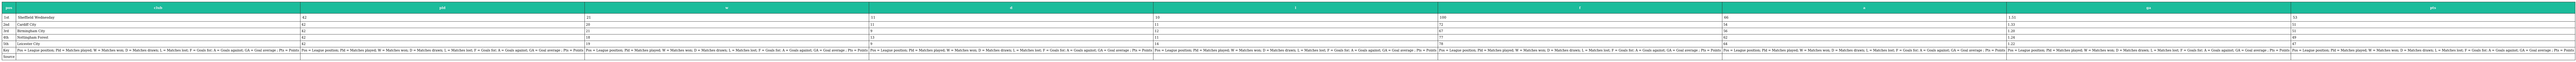
| pos | club | pld | w | d | l | f | a | ga | pts |
 | --- | --- | --- | --- | --- | --- | --- | --- | --- | --- |
 | 1st | Sheffield Wednesday | 42 | 21 | 11 | 10 | 100 | 66 | 1.51 | 53 |
 | 2nd | Cardiff City | 42 | 20 | 11 | 11 | 72 | 54 | 1.33 | 51 |
 | 3rd | Birmingham City | 42 | 21 | 9 | 12 | 67 | 56 | 1.20 | 51 |
 | 4th | Nottingham Forest | 42 | 18 | 13 | 11 | 77 | 62 | 1.24 | 49 |
 | 5th | Leicester City | 42 | 19 | 9 | 14 | 78 | 64 | 1.22 | 47 |
 | Key | Pos = League position; Pld = Matches played; W = Matches won; D = Matches drawn; L = Matches lost; F = Goals for; A = Goals against; GA = Goal average ; Pts = Points | Pos = League position; Pld = Matches played; W = Matches won; D = Matches drawn; L = Matches lost; F = Goals for; A = Goals against; GA = Goal average ; Pts = Points | Pos = League position; Pld = Matches played; W = Matches won; D = Matches drawn; L = Matches lost; F = Goals for; A = Goals against; GA = Goal average ; Pts = Points | Pos = League position; Pld = Matches played; W = Matches won; D = Matches drawn; L = Matches lost; F = Goals for; A = Goals against; GA = Goal average ; Pts = Points | Pos = League position; Pld = Matches played; W = Matches won; D = Matches drawn; L = Matches lost; F = Goals for; A = Goals against; GA = Goal average ; Pts = Points | Pos = League position; Pld = Matches played; W = Matches won; D = Matches drawn; L = Matches lost; F = Goals for; A = Goals against; GA = Goal average ; Pts = Points | Pos = League position; Pld = Matches played; W = Matches won; D = Matches drawn; L = Matches lost; F = Goals for; A = Goals against; GA = Goal average ; Pts = Points | Pos = League position; Pld = Matches played; W = Matches won; D = Matches drawn; L = Matches lost; F = Goals for; A = Goals against; GA = Goal average ; Pts = Points | Pos = League position; Pld = Matches played; W = Matches won; D = Matches drawn; L = Matches lost; F = Goals for; A = Goals against; GA = Goal average ; Pts = Points |
 | Source |  |  |  |  |  |  |  |  |  |